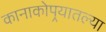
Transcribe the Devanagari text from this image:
कानाकोपर्‍यातल्या